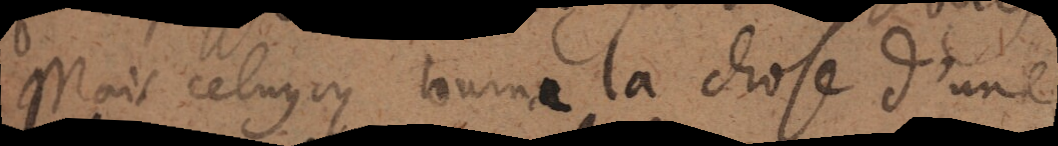
Mais celuy‐cy tourna la chose d’une